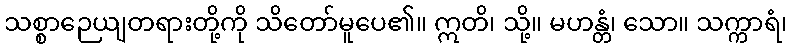
သစ္စာဉေယျတရားတို့ကို သိတော်မူပေ၏။ ဣတိ၊ သို့။ မဟန္တံ၊ သော။ သက္ကာရံ၊